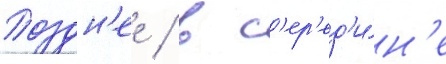
Поздн'ее / в с'ер'ед'и́н'е